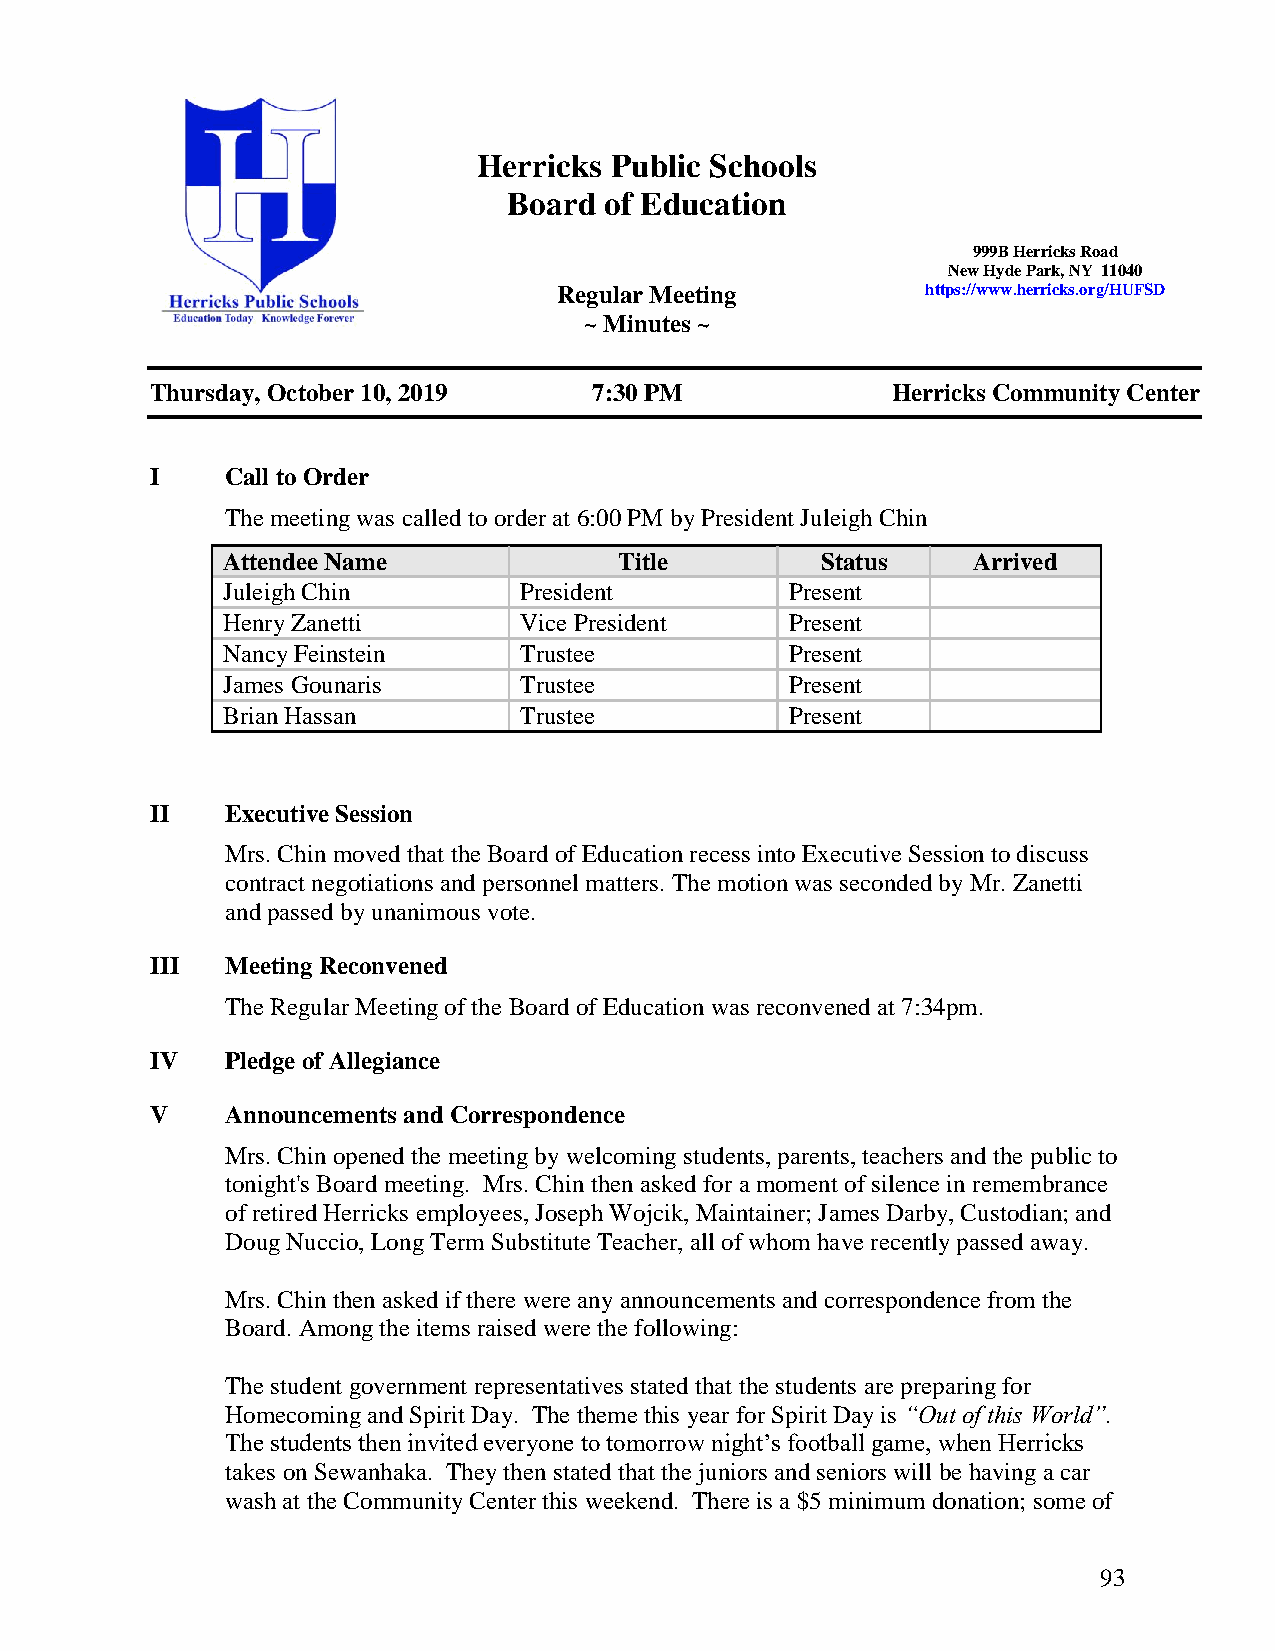
Herricks Pu blic Schools
 Board of Education
 999B Herricks Road
 New Hyde Park, NY 11040
 Regular Meeting         https://www.herricks.org/HUFSD
 ~ Minutes ~
 Thursday, October 10, 2019   7:30 PM             Herricks Community Center
 I    Call to Order
 The meeting was called to order at 6:00 PM by President Juleigh Chin
 Attendee Name             Title        Status    Arrived
 Juleigh Chin       President         Present
 Henry Zanetti      Vice President    Present
 Nancy Feinstein    Trustee           Present
 James Gounaris     Trustee           Present
 Brian Hassan       Trustee           Present
 II   Executive Session
 Mrs. Chin moved that the Board of Education recess into Executive Session to discuss
 contract negotiations and personnel matters. The motion was seconded by Mr. Zanetti
 and passed by unanimous vote.
 III  Meeting Reconvened
 The Regular Meeting of the Board of Education was reconvened at 7:34pm.
 IV   Pledge of Allegiance
 V    Announcements and Correspondence
 Mrs. Chin opened the meeting by welcoming students, parents, teachers and the public to
 tonight's Board meeting. Mrs. Chin then asked for a moment of silence in remembrance
 of retired Herricks employees, Joseph Wojcik, Maintainer; James Darby, Custodian; and
 Doug Nuccio, Long Term Substitute Teacher, all of whom have recently passed away.
 Mrs. Chin then asked if there were any announcements and correspondence from the
 Board. Among the items raised were the following:
 The student government representatives stated that the students are preparing for
 Homecoming and Spirit Day. The theme this year for Spirit Day is “Out of this World”.
 The students then invited everyone to tomorrow night’s football game, when Herricks
 takes on Sewanhaka. They then stated that the juniors and seniors will be having a car
 wash at the Community Center this weekend. There is a $5 minimum donation; some of
 93